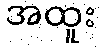
အထူး